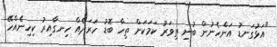
"އަޅުގަނޑު އަންހެނުން ބުނި ތިވަރު ކަމަކަށް ތިހާ ބޮޑު ހަރަދެއް ހިނގާއިރު ކިހިނެއްހޭ